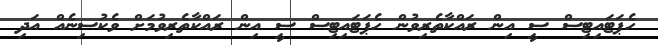
ހެޕަޓައިޓިސް ސީ އިން ރައްކާތެރިވުން ހެޕަޓައިޓިސް ސީ އިން ރައްކާތެރިވުމަށް ވެކުސިނެއް އަދި